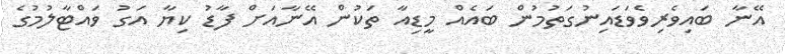
އޭނާ ބައިވެރިވެވަޑައިނުގަތުމުން ބައެއް މީޑިއާ ތަކުން އޭނާއަށް ފާޑު ކިޔާ އަގު ވައްޓާލުމުގެ